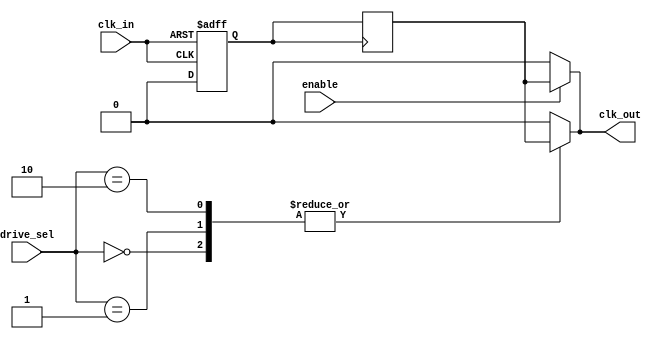
module low_power_clock_buffer (
    input wire clk_in,          // Incoming clock signal
    input wire enable,          // Enable signal for clock gating
    input wire [1:0] drive_sel, // Drive strength selection
    output wire clk_out         // Buffered clock output
);

// Parameters for drive strengths
parameter DRIVE_LOW = 2'b00;
parameter DRIVE_MEDIUM = 2'b01;
parameter DRIVE_HIGH = 2'b10;

// Internal signals
wire clk_cond;               // Conditioned clock signal
wire clk_buffered;           // Buffered clock signal

// Input Stage: Clock Conditioning
// Adding hysteresis and noise immunity
reg clk_cond_reg;
always @(posedge clk_in or negedge clk_in) begin
    if (clk_in) begin
        clk_cond_reg <= 1'b1;
    end else begin
        clk_cond_reg <= 1'b0;
    end
end
assign clk_cond = clk_cond_reg;

// Buffering Stage: Amplifying the Clock Signal
reg clk_buffered_reg;
always @(posedge clk_cond) begin
    clk_buffered_reg <= clk_cond; // Simple buffer for demonstration
end

// Control Logic: Drive Strength Selection
always @(*) begin
    case (drive_sel)
        DRIVE_LOW:   clk_out <= clk_buffered_reg; // Low drive strength
        DRIVE_MEDIUM: clk_out <= clk_buffered_reg; // Medium drive strength
        DRIVE_HIGH:  clk_out <= clk_buffered_reg; // High drive strength
        default:     clk_out <= 1'b0;             // Default case
    endcase
end

// Output Stage: Clock Gating
assign clk_out = enable ? clk_buffered_reg : 1'b0; // Clock gating implementation

endmodule